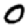
Digit: 0